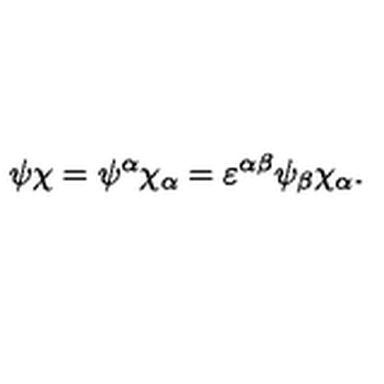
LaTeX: \psi \chi = \psi ^ { \alpha } \chi _ { \alpha } = \varepsilon ^ { \alpha \beta } \psi _ { \beta } \chi _ { \alpha } .